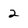
Character: 2